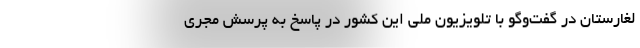
لغارستان در گفت‌وگو با تلویزیون ملی این کشور در پاسخ به پرسش مجری